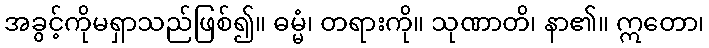
အခွင့်ကိုမရှာသည်ဖြစ်၍။ ဓမ္မံ၊ တရားကို။ သုဏာတိ၊ နာ၏။ ဣတော၊